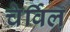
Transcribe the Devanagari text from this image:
चेर्विल